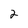
Character: 2